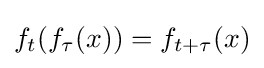
f_{t}(f_{\tau }(x))=f_{t+\tau }(x)